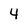
Character: 4